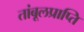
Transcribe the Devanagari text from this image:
तांबूलप्राप्ति